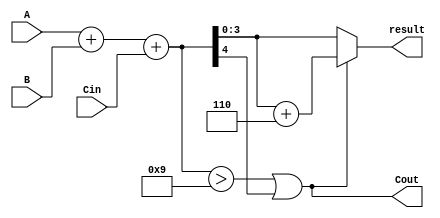
module BCD_Hybrid_Adder (
    input [3:0] A,      // First BCD digit
    input [3:0] B,      // Second BCD digit
    input Cin,          // Carry-in
    output [3:0] result, // BCD result
    output Cout         // Carry-out
);

    wire [4:0] sum;     // 5-bit sum to accommodate carry
    wire correction;     // Correction needed signal

    // Binary addition of A, B and Cin
    assign sum = A + B + Cin;

    // Determine if correction is needed
    assign correction = (sum > 9) || (sum[4]); // Check if sum > 9 or carry-out

    // Final BCD result calculation
    assign result = correction ? (sum + 5'd6) : sum[3:0]; // Add 6 if correction needed
    assign Cout = correction; // Carry-out if correction is needed

endmodule